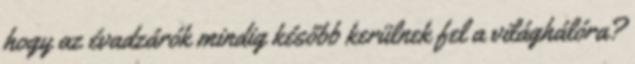
hogy az évadzárók mindig később kerülnek fel a világhálóra?